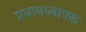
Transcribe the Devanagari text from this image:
प्रधानध्यापक